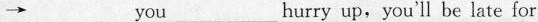
\rightarrow ___you___hurryup,you'll be late for